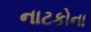
નાટકોના